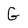
Character: G